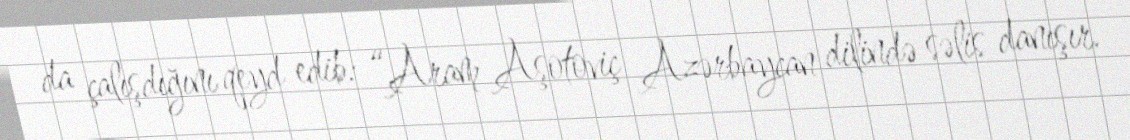
da çalışdığını qeyd edib: “Aram Aşotoviç Azərbaycan dilində səlis danışır.